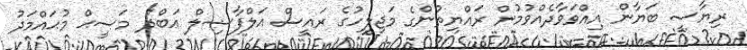
ރިޔާސީ ބަޔާން އިއްވަވާދެއްވުމުން ރައްޔިތުންގެ މަޖިލީހުގެ ރައީސް އަލްފާޟިލް ޢަބްދު މަސީޙް މުޙައްމަދު